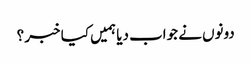
دونوں نے جواب دیا ہمیں کیا خبر ؟